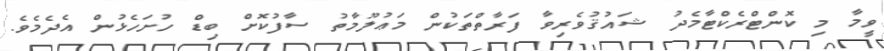
ވީމާ މި ކޮންޓްރެކްޓާމެދު ޝައުޤުވެރިވާ ފަރާތްތަކުން މަޢުލޫމާތު ސާފުކޮށް ބިޑް ހުށަހެޅުން އެދެމެވެ.